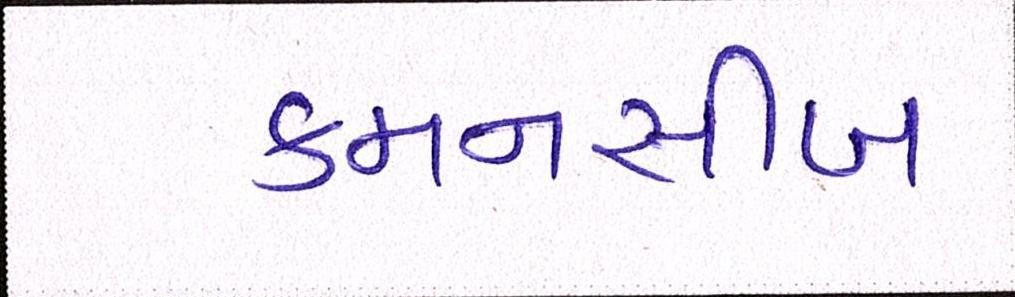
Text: કમનસીબ